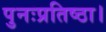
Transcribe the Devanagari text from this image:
पुनःप्रतिष्ठा।